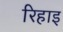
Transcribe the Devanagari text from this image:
रिहाइ